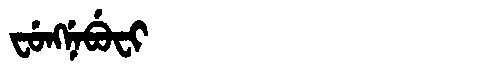
Manchu: ᠸᡠᠩᠨᡝᠪᡠᠸᡳ
Romanization: FUNGNEBUFI